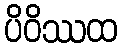
ပိဝိဿထ